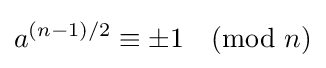
a^{(n-1)/2}\equiv \pm 1{\pmod {n}}